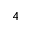
4